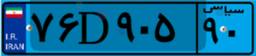
۷۶D۹۰۵۹۰